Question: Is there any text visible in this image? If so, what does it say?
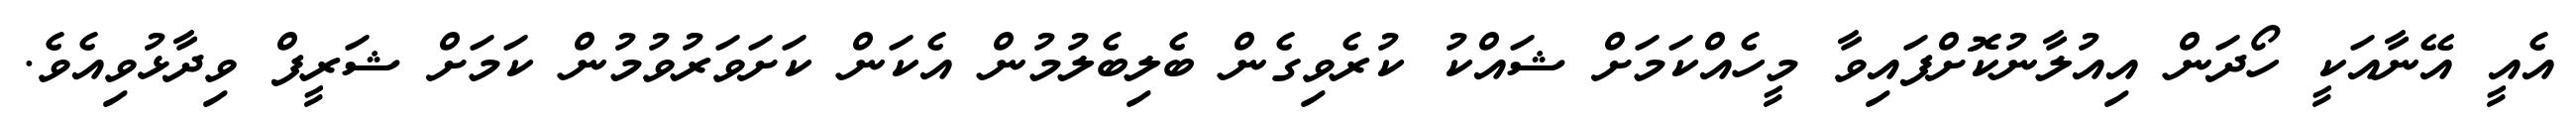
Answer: އެއީ އޭނާއަކީ ހޯދަން އިއުލާނުކޮށްފައިވާ މީހެއްކަމަށް ޝައްކު ކުރެވިގެން ބެލިބެލުމުން އެކަން ކަށަވަރުވުމުން ކަމަށް ޝަރީފް ވިދާޅުވިއެވެ.